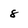
Character: 8